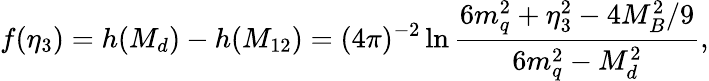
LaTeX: f(\eta_{3})=h(M_{d})-h(M_{12})=(4\pi)^{-2}\ln{\frac{6m_{q}^{2}+\eta_{3}^{2}-4M_{B}^{2}/9}{6m_{q}^{2}-M_{d}^{2}}},